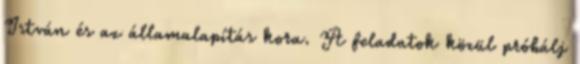
István és az államalapítás kora. A feladatok közül próbálj